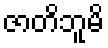
ဇာတိဘူမိ